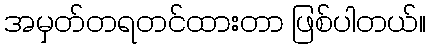
အမှတ်တရတင်ထားတာ ဖြစ်ပါတယ်။